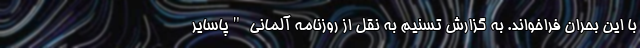
با این بحران فراخواند. به گزارش تسنیم به نقل از روزنامه آلمانی "پاسایر